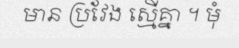
មាន ប្រវែង ស្មើគ្នា ។ មុំ